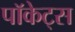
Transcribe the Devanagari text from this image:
पॉकेट्स